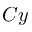
C y